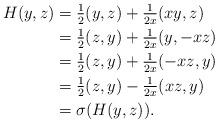
LaTeX: \begin{align*}H(y,z) &= \tfrac{1}{2}(y,z) + \tfrac{1}{2x}(xy,z) \\ &= \tfrac{1}{2}(z,y) + \tfrac{1}{2x}(y,-xz) \\ &= \tfrac{1}{2}(z,y) + \tfrac{1}{2x}(-xz,y) \\ &= \tfrac{1}{2}(z,y) - \tfrac{1}{2x}(xz,y) \\ &= \sigma(H(y,z)).\end{align*}